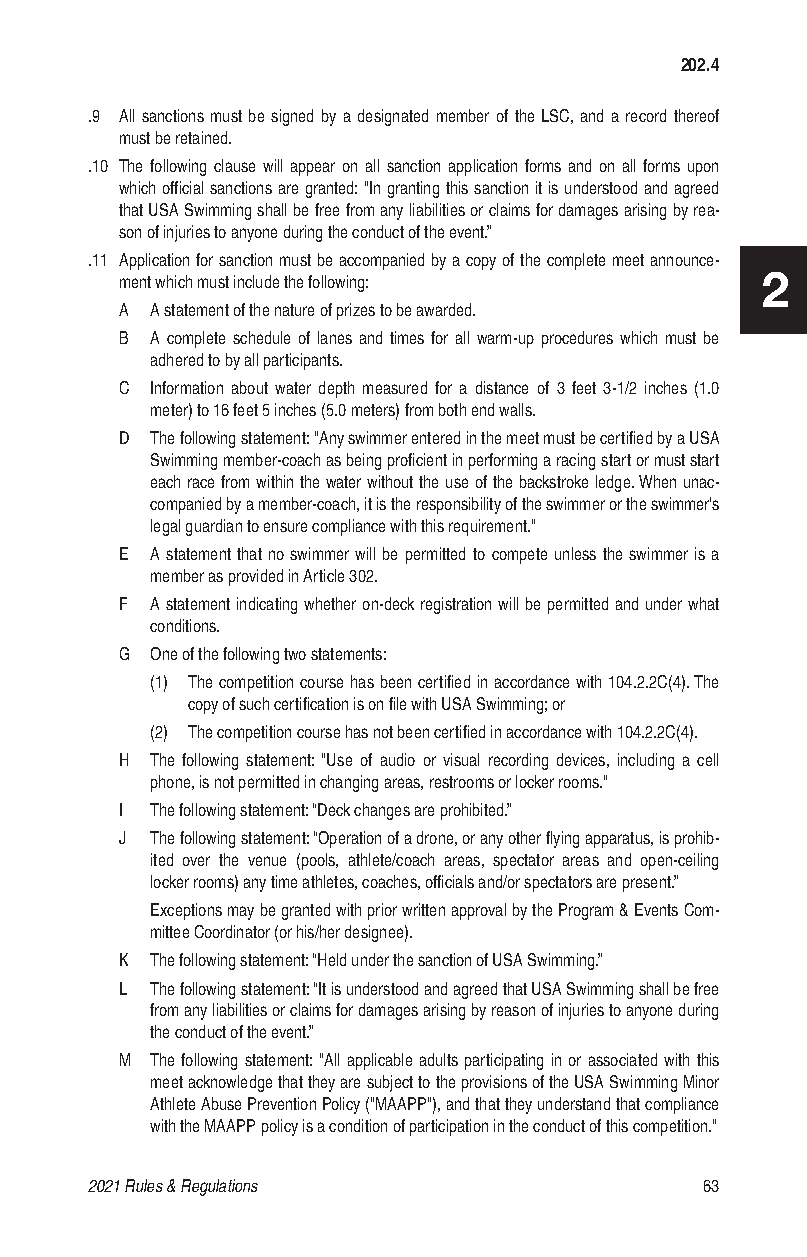
202.4
 .9 All sanctions must be signed by a designated member of the LSC, and a record thereof
 must be retained.
 .10 The following clause will appear on all sanction application forms and on all forms upon
 which official sanctions are granted: "In granting this sanction it is understood and agreed
 that USA Swimming shall be free from any liabilities or claims for damages arising by rea-
 son of injuries to anyone during the conduct of the event.”
 .11 Application for sanction must be accompanied by a copy of the complete meet announce-
 ment which must include the following:    2
 A A statement of the nature of prizes to be awarded.
 B A complete schedule of lanes and times for all warm-up procedures which must be
 adhered to by all participants.
 C Information about water depth measured for a distance of 3 feet 3-1/2 inches (1.0
 meter) to 16 feet 5 inches (5.0 meters) from both end walls.
 D The following statement: "Any swimmer entered in the meet must be certified by a USA
 Swimming member-coach as being proficient in performing a racing start or must start
 each race from within the water without the use of the backstroke ledge. When unac-
 companied by a member-coach, it is the responsibility of the swimmer or the swimmer's
 legal guardian to ensure compliance with this requirement."
 E A statement that no swimmer will be permitted to compete unless the swimmer is a
 member as provided in Article 302.
 F A statement indicating whether on-deck registration will be permitted and under what
 conditions.
 G One of the following two statements:
 (1) The competition course has been certified in accordance with 104.2.2C(4). The
 copy of such certification is on file with USA Swimming; or
 (2) The competition course has not been certified in accordance with 104.2.2C(4).
 H The following statement: "Use of audio or visual recording devices, including a cell
 phone, is not permitted in changing areas, restrooms or locker rooms."
 I The following statement: “Deck changes are prohibited.”
 J The following statement: “Operation of a drone, or any other flying apparatus, is prohib-
 ited over the venue (pools, athlete/coach areas, spectator areas and open-ceiling
 locker rooms) any time athletes, coaches, officials and/or spectators are present.”
 Exceptions may be granted with prior written approval by the Program & Events Com-
 mittee Coordinator (or his/her designee).
 K The following statement: “Held under the sanction of USA Swimming.”
 L The following statement: “It is understood and agreed that USA Swimming shall be free
 from any liabilities or claims for damages arising by reason of injuries to anyone during
 the conduct of the event.”
 M The following statement: "All applicable adults participating in or associated with this
 meet acknowledge that they are subject to the provisions of the USA Swimming Minor
 Athlete Abuse Prevention Policy ("MAAPP"), and that they understand that compliance
 with the MAAPP policy is a condition of participation in the conduct of this competition."
 2021 Rules & Regulations                 63